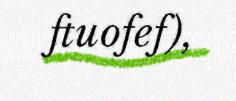
ftuofef),